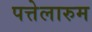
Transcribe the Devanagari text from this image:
पत्तेलारुम